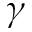
\gamma